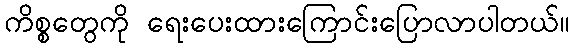
ကိစ္စတွေကို ရေးပေးထားကြောင်းပြောလာပါတယ်။